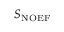
S _ { \mathrm { { N O E F } } }